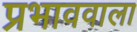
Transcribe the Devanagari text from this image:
प्रभाववाला